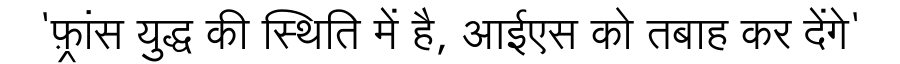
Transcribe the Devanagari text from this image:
'फ़्रांस युद्ध की स्थिति में है, आईएस को तबाह कर देंगे'